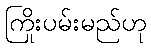
ကြိုးပမ်းမည်ဟု